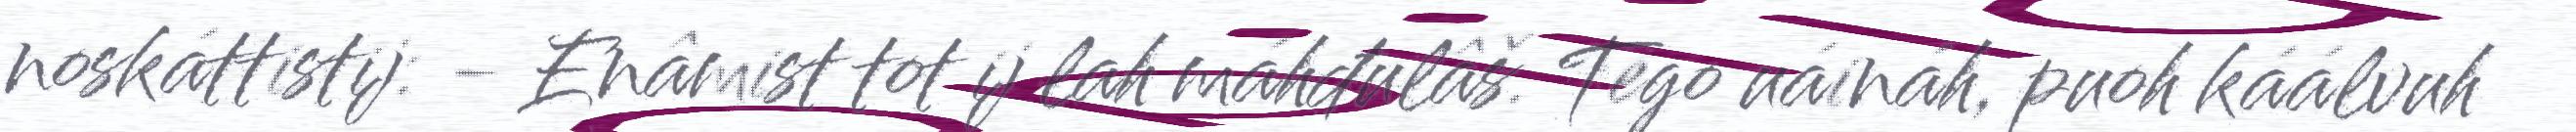
noskáttistij: - Enâmist tot ij lah máhđulâš. Tego uáináh, puoh káálvuh